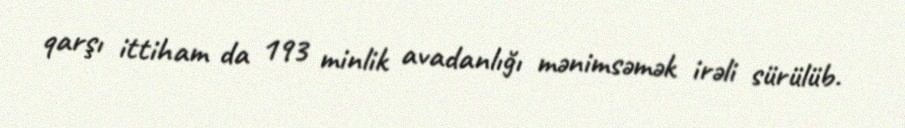
qarşı ittiham da 193 minlik avadanlığı mənimsəmək irəli sürülüb.